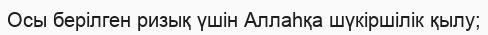
Осы берілген ризық үшін Аллаһқа шүкіршілік қылу;